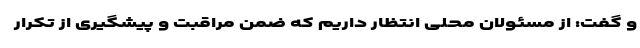
و گفت: از مسئولان محلی انتظار داریم که ضمن مراقبت و پیشگیری از تکرار